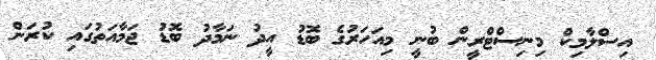
އިސްލާމިކް މިނިސްޓްރީން ބުނީ މިއަހަރުގެ ބޮޑު އީދު ނަމާދު ބޮޑު ޖަމާއަތުގައި ކުރަން